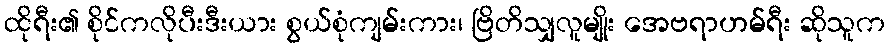
ထိုရီး၏ စိုင်ကလိုပီးဒီးယား စွယ်စုံကျမ်းကား၊ ဗြိတိသျှလူမျိုး အေဗရာဟမ်ရီး ဆိုသူက